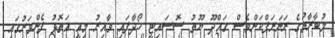
މުބާރާތުގެ ރަނަރަޕްކަންވެސް ގައްދޫ ޔޫތު ސޮސައިޓީ ހޯދާފައި ވާއިރު މިއީ އަތޮޅު ފެންވަރުގައި